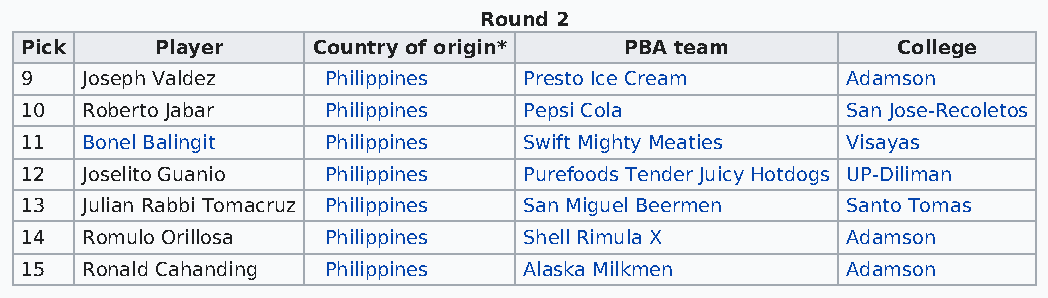
Round 2
 Pick     Player     Country of origin*  PBA team          College
 9   Joseph Valdez    Philippines  Presto Ice Cream     Adamson
 10  Roberto Jabar    Philippines  Pepsi Cola           San Jose-Recoletos
 11  Bonel Balingit   Philippines  Swift Mighty Meaties Visayas
 12  Joselito Guanio  Philippines  Purefoods Tender Juicy Hotdogs UP-Diliman
 13  Julian Rabbi Tomacruz Philippines San Miguel Beermen Santo Tomas
 14  Romulo Orillosa  Philippines  Shell Rimula X       Adamson
 15  Ronald Cahanding Philippines  Alaska Milkmen       Adamson